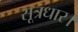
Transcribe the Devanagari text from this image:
सूत्रधार।